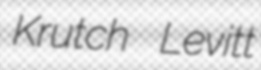
Krutch Levitt